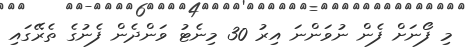
މި ފޯނަށް ފެން ނުވަންނަ އިރު 30 މިނެޓު ވަންދެން ފެނުގެ ތެރޭގައި